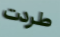
طردت